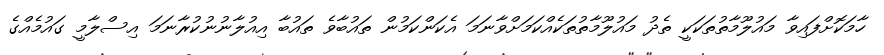
ހާމަކޮށްފައިވާ މައުލޫމާތުތަކަކީ ތެދު މައުލޫމާތުތަކެއްކަމަށްވާނަމަ އެކަންކަމުން ތައުބާވެ ތައުބާ އިއުލާނުނުކުރާނަމަ އިސްލާމީ ގައުމެއްގެ